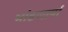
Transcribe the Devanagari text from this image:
भांडणार्या